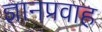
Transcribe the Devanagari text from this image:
ज्ञानप्रवाह